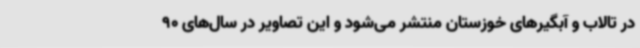
در تالاب و آبگیرهای خوزستان منتشر می‌شود و این تصاویر در سال‌های 90